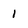
Character: 1